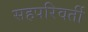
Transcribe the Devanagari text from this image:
सहपरिवर्ती